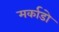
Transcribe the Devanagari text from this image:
मर्काडो